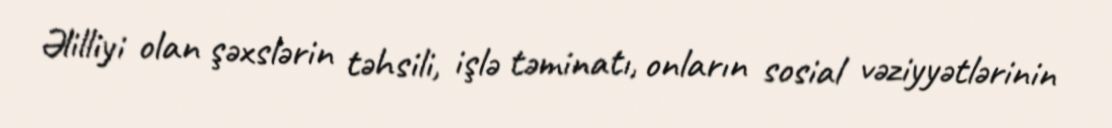
Əlilliyi olan şəxslərin təhsili, işlə təminatı, onların sosial vəziyyətlərinin